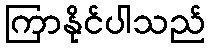
ကြာနိုင်ပါသည်